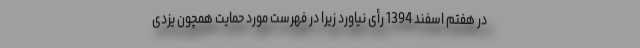
در هفتم اسفند 1394 رأی نیاورد زیرا در فهرست مورد حمایت همچون یزدیِ